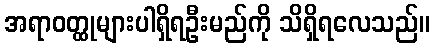
အရာဝတ္ထုများပါရှိရဦးမည်ကို သိရှိရလေသည်။